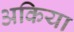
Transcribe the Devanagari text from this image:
अकिया